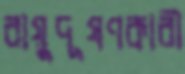
বায়ুদূষণকারী